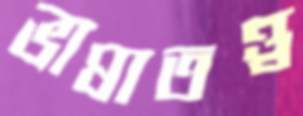
ভাষাতত্ত্ব